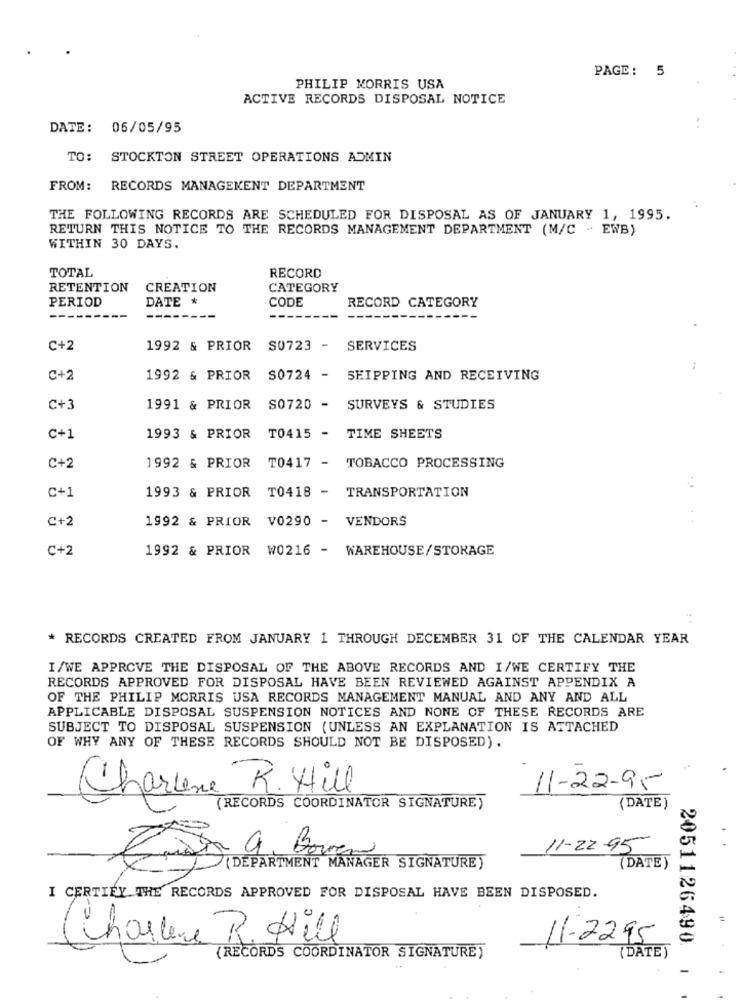
PAGE: 5
PHILIP MORRIS USA
ACTIVE RECORDS DISPOSAL NOTICE
DATE: 06/05/95
TO: STOCKTON STREET OPERATIONS ADMIN
FROM:
RECORDS MANAGEMENT DEPARTMENT
THE FOLLOWING RECORDS ARE SCHEDULED FOR DISPOSAL AS OF JANUARY 1, 1995.
RETURN THIS NOTICE TO THE RECORDS MANAGEMENT DEPARTMENT (M/C - EWB)
WITHIN 30 DAYS.
TOTAL
RECORD
RETENTION
CREATION
CATEGORY
PERIOD
DATE *
CODE
RECORD CATEGORY
C+2
1992 & PRIOR S0723 - SERVICES
C+2
1992 & PRIOR S0724 - SHIPPING AND RECEIVING
C+3
1991 & PRIOR S0720 - SURVEYS & STUDIES
C+1
1993 & PRIOR TO415 - TIME SHEETS
C+2
1992 & PRIOR TO417 - TOBACCO PROCESSING
C+1
1993 & PRIOR TO418 - TRANSPORTATION
C+2
1992 & PRIOR V0290 - VENDORS
C+2
1992 & PRIOR W0216 - WAREHOUSE/STORAGE
* RECORDS CREATED FROM JANUARY 1 THROUGH DECEMBER 31 OF THE CALENDAR YEAR
I/WE APPROVE THE DISPOSAL OF THE ABOVE RECORDS AND I/WE CERTIFY THE
RECORDS APPROVED FOR DISPOSAL HAVE BEEN REVIEWED AGAINST APPENDIX A
OF THE PHILIP MORRIS USA RECORDS MANAGEMENT MANUAL AND ANY AND ALL
APPLICABLE DISPOSAL SUSPENSION NOTICES AND NONE OF THESE RECORDS ARE
SUBJECT TO DISPOSAL SUSPENSION (UNLESS AN EXPLANATION IS ATTACHED
OF WHY ANY OF THESE RECORDS SHOULD NOT BE DISPOSED).
Charlene R. Hill
11-22-95
(RECORDS COORDINATOR SIGNATURE)
(DATE )
9. B.
11-22-95
(DEPARTMENT MANAGER SIGNATURE)
(DATE)
I CERTIFY THE RECORDS APPROVED FOR DISPOSAL HAVE BEEN DISPOSED.
Charlene R. Hill
11-2295
2051126490.
(RECORDS COORDINATOR SIGNATURE)
(DATE)